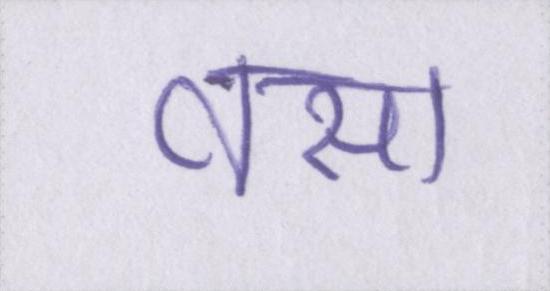
वसा